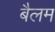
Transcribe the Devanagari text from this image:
बैलम